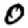
Digit: 0